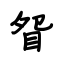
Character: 眢